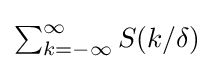
{\textstyle \sum _{k=-\infty }^{\infty }S(k/\delta )}